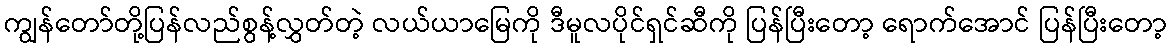
ကျွန်တော်တို့ပြန်လည်စွန့်လွှတ်တဲ့ လယ်ယာမြေကို ဒီမူလပိုင်ရှင်ဆီကို ပြန်ပြီးတော့ ရောက်အောင် ပြန်ပြီးတော့